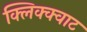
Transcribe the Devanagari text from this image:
क्लिक्क्वाट